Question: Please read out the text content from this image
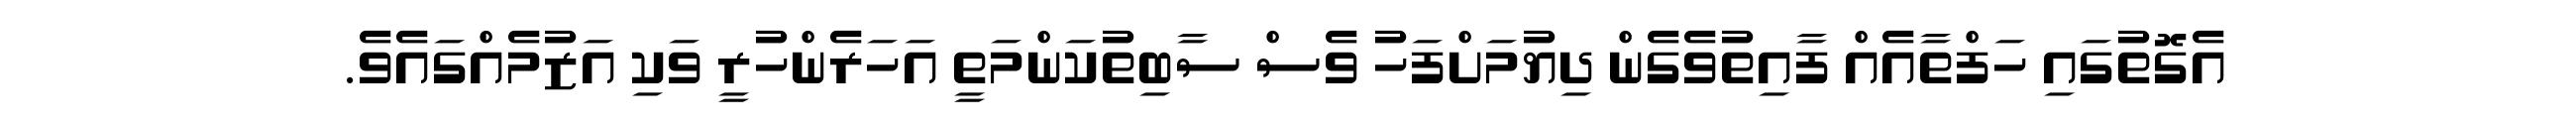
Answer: އެގޮތުގައި ހަފްތާއެއް ފާއިތުވެގެން ދިޔުމަށްފަހު ވެސް ސާބިތުކަންމަތީ އަހަރެންހުރީ ވަކި އަޒުމެއްގައެވެ.